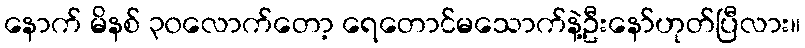
နောက် မိနစ် ၃၀လောက်တော့ ရေတောင်မသောက်နဲ့ဦးနော်ဟုတ်ပြီလား။